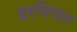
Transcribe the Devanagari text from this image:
इरणियल